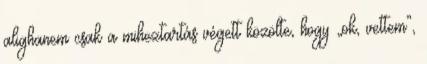
alighanem csak a miheztartás végett közölte, hogy „ok, vettem”,